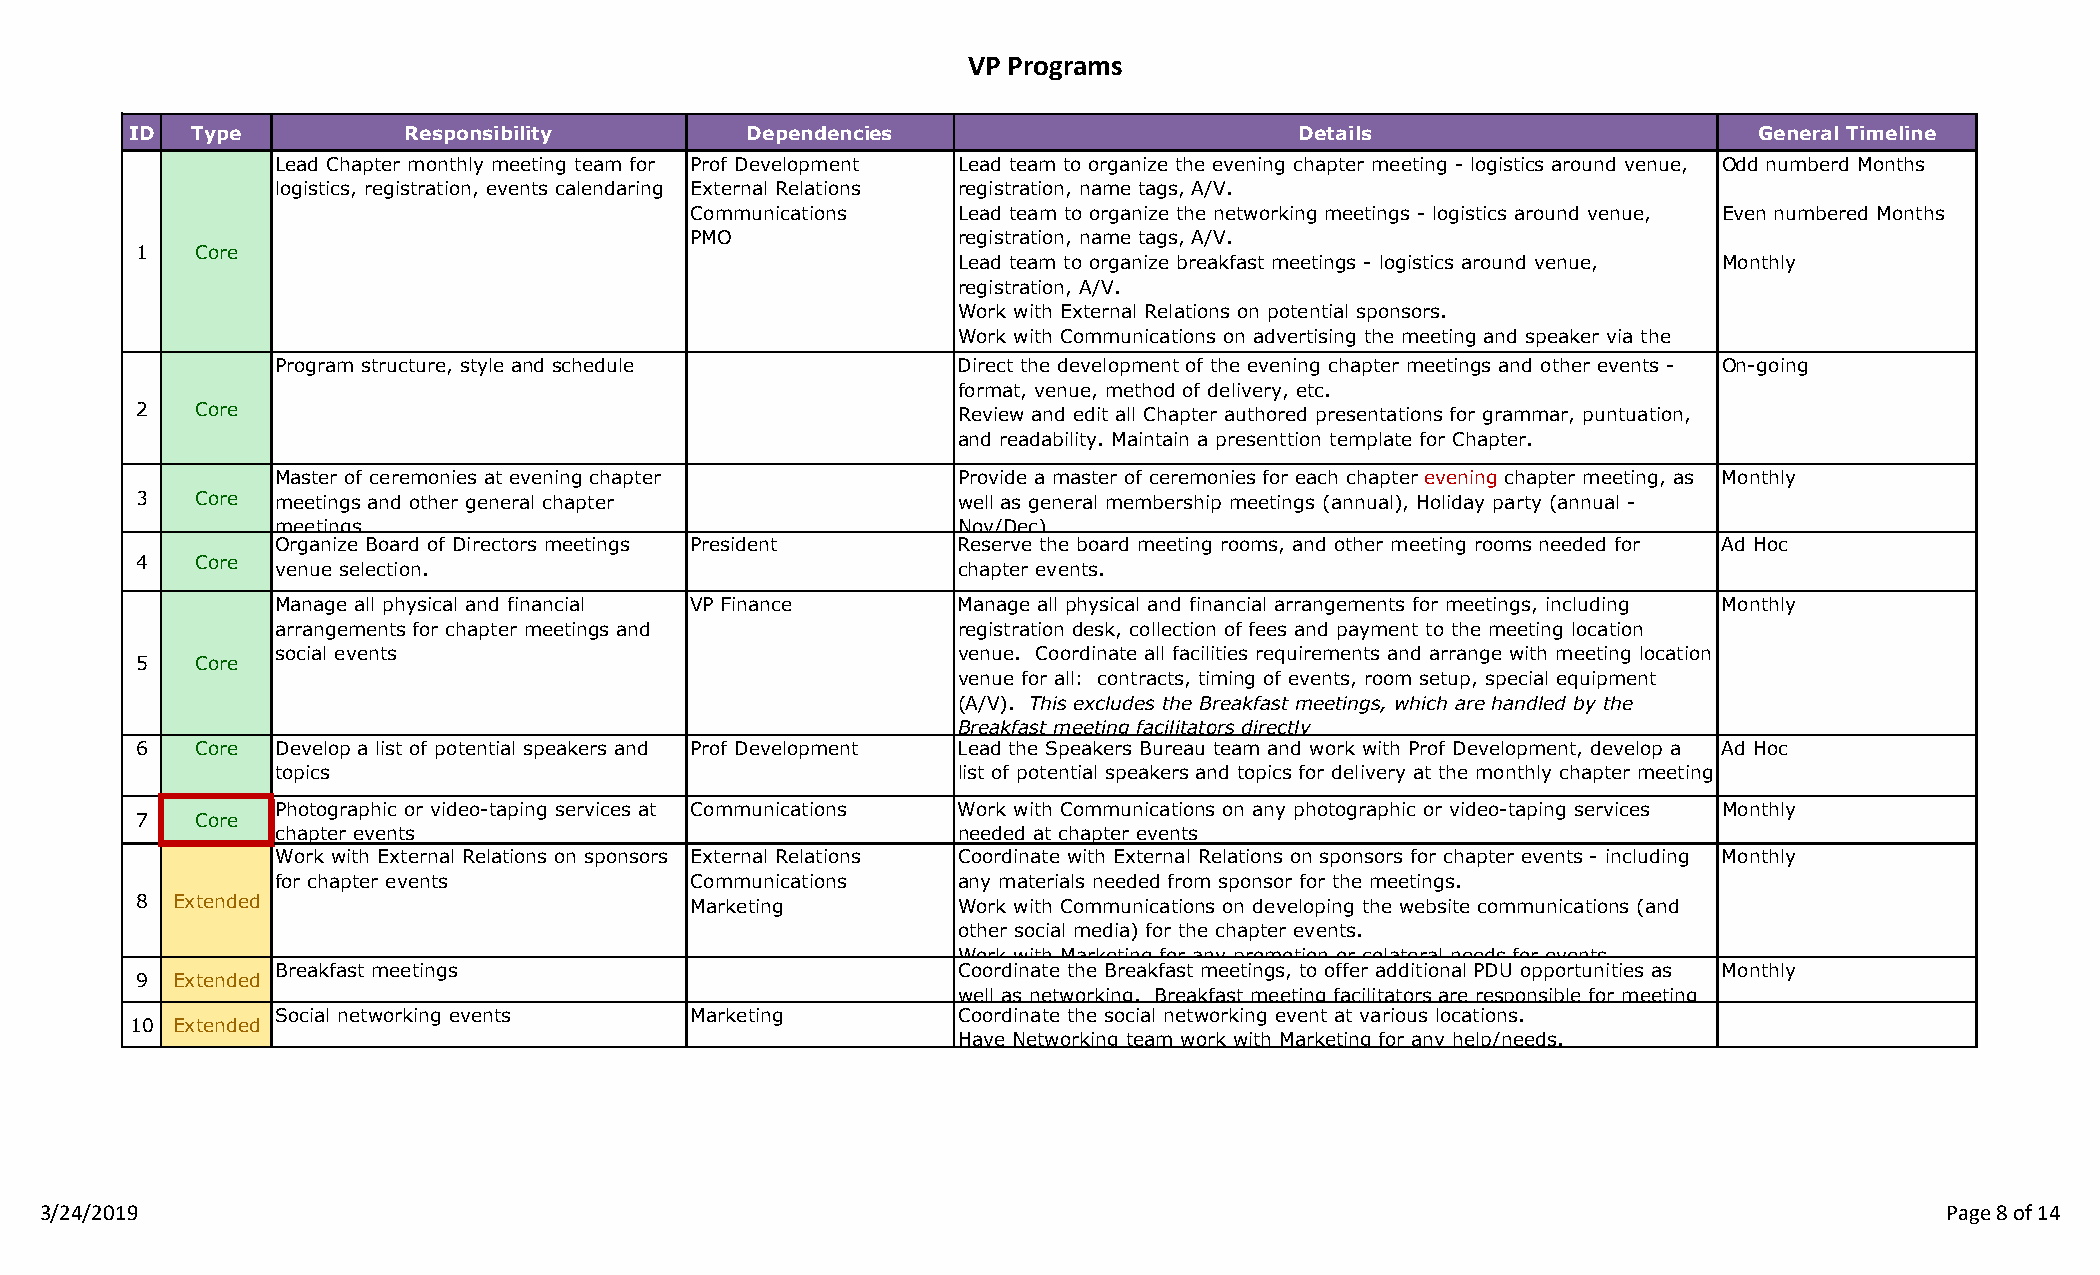
VP Programs
 ID  Type          Responsibility        Dependencies                         Details                       General Timeline
 Lead Chapter monthly meeting team for Prof Development Lead team to organize the evening chapter meeting - logistics around venue, Odd numberd Months
 logistics, registration, events calendaring External Relations registration, name tags, A/V.
 Communications   Lead team to organize the networking meetings - logistics around venue, Even numbered Months
 PMO              registration, name tags, A/V.
 1   Core
 Lead team to organize breakfast meetings - logistics around venue, Monthly
 registration, A/V.
 Work with External Relations on potential sponsors.
 Work with Communications on advertising the meeting and speaker via the
 Program structure, style and schedule        Direct the development of the evening chapter meetings and other events - On-going
 format, venue, method of delivery, etc.
 2   Core                                              Review and edit all Chapter authored presentations for grammar, puntuation,
 and readability. Maintain a presenttion template for Chapter.
 Master of ceremonies at evening chapter      Provide a master of ceremonies for each chapter evening chapter meeting, as Monthly
 3   Core meetings and other general chapter           well as general membership meetings (annual), Holiday party (annual -
 meetings                                     Nov/Dec)
 Organize Board of Directors meetings President Reserve the board meeting rooms, and other meeting rooms needed for Ad Hoc
 4   Core
 venue selection.                             chapter events.
 Manage all physical and financial VP Finance Manage all physical and financial arrangements for meetings, including Monthly
 arrangements for chapter meetings and        registration desk, collection of fees and payment to the meeting location
 social events                                venue. Coordinate all facilities requirements and arrange with meeting location
 5   Core
 venue for all: contracts, timing of events, room setup, special equipment
 (A/V). This excludes the Breakfast meetings, which are handled by the
 Breakfast meeting facilitators directly
 6   Core Develop a list of potential speakers and Prof Development Lead the Speakers Bureau team and work with Prof Development, develop a Ad Hoc
 topics                                       list of potential speakers and topics for delivery at the monthly chapter meeting
 Photographic or video-taping services at Communications Work with Communications on any photographic or video-taping services Monthly
 7   Core
 chapter events                               needed at chapter events
 Work with External Relations on sponsors External Relations Coordinate with External Relations on sponsors for chapter events - including Monthly
 for chapter events          Communications   any materials needed from sponsor for the meetings.
 8 Extended                           Marketing        Work with Communications on developing the website communications (and
 other social media) for the chapter events.
 Work with Marketing for any promotion or colateral needs for events
 Breakfast meetings                           Coordinate the Breakfast meetings, to offer additional PDU opportunities as Monthly
 9 Extended
 well as networking. Breakfast meeting facilitators are responsible for meeting
 Social networking events    Marketing        Coordinate the social networking event at various locations.
 10 Extended
 Have Networking team work with Marketing for any help/needs.
 3/24/2019                                                                                                                     Page 8 of 14